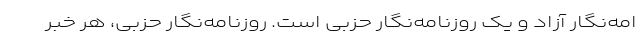
امه‌نگار آزاد و یک روزنامه‌نگار حزبی است. روزنامه‌نگار حزبی، هر خبر